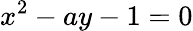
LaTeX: x^{2}-ay-1=0